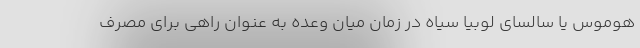
هوموس یا سالسای لوبیا سیاه در زمان میان وعده به عنوان راهی برای مصرف